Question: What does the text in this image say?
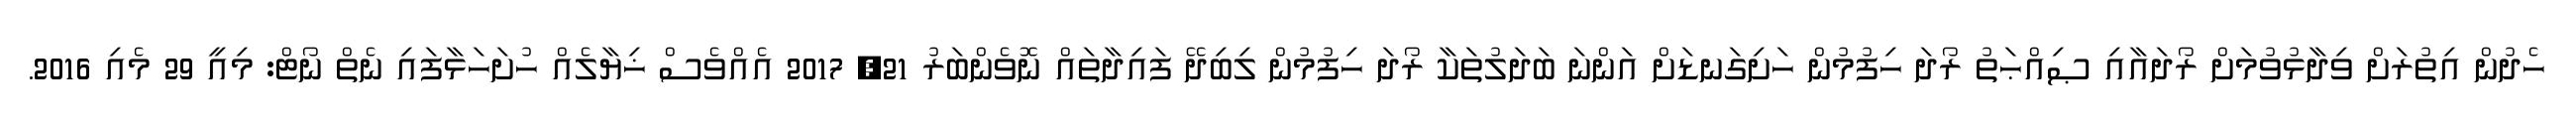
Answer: ހެދުން އިތުރަށް ވިދާޅުވުމަށް ރޯދައާއި ޞިއްޙަތު ރޯދަ ހިފުމުން ހަށިގަނޑަށް އަންނަ ބަދަލުތަކާ ރޯދަ ހިފުމުން ލިބިދޭ ފައިދާތައް ނޮވެންބަރު 21, 2017 އެއްވެސް ޚިޔާލެއް ހުށަހަޅާފައި ނެތް ނޯޓް: މިއީ 29 މެއި 2016.